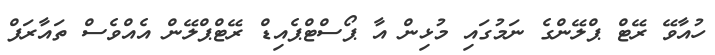
ހުއާވޭ ރޭޓް ޕްލޭންގެ ނަމުގައި މުޅިން އާ ޕޯސްޓްޕެއިޑް ރޭޓްޕްލޭން އެއްވެސް ތައާރަފް